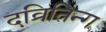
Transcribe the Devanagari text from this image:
दव्रितिन्ग